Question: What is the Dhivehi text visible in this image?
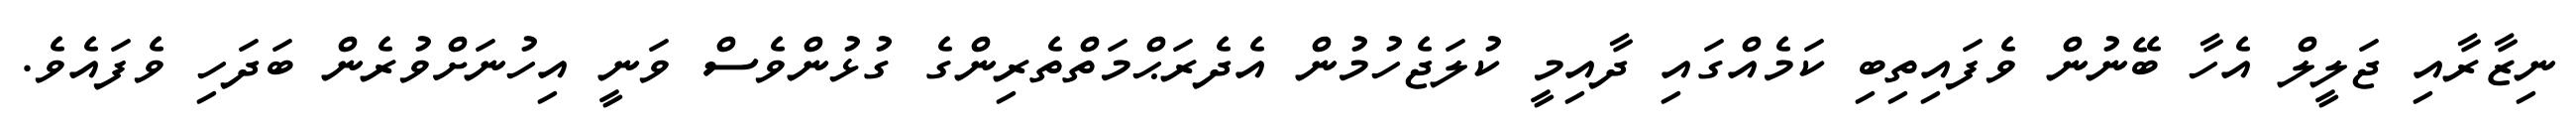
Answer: ނިޒާރާއި ޖަލީލް އެހާ ބޭނުން ވެފައިތިބި ކަމެއްގައި ދާއިމީ ކުލަޖެހުމުން އެދެރަޙްމަތްތެރިންގެ ގުޅުންވެސް ވަނީ އިހުނަށްވުރެން ބަދަހި ވެފައެވެ.